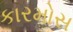
કારમોસ